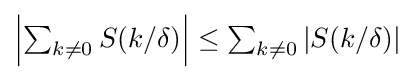
{\textstyle \left|\sum _{k\neq 0}S(k/\delta )\right|\leq \sum _{k\neq 0}|S(k/\delta )|}